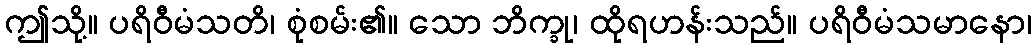
ဤသို့။ ပရိဝီမံသတိ၊ စုံစမ်း၏။ သော ဘိက္ခု၊ ထိုရဟန်းသည်။ ပရိဝီမံသမာနော၊